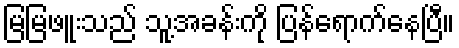
မြမြဖူးသည် သူ့အခန်းကို ပြန်ရောက်နေပြီ။